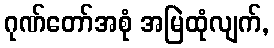
ဂုဏ်တော်အစုံ အမြဲထုံလျက်,